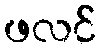
ဖလင်